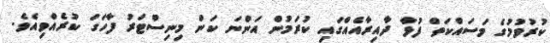
ކުރުވުމުގެ މަސައްކަތް ފުޅާ ދާއިރާއެއްގައި ކުރަމުން އަންނަ ކަން މިނިސްޓަރު ފާހަގަ ކުރެއްވިއެވެ.